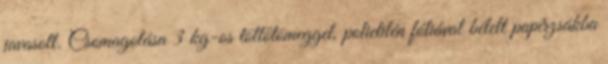
javasolt. Csomagolása 3 kg-os töltőtömeggel, polietilén fóliával bélelt papírzsákba